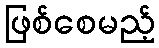
ဖြစ်စေမည့်